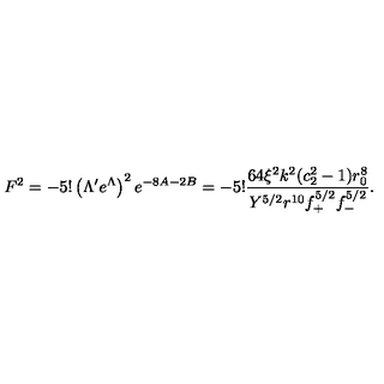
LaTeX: F ^ { 2 } = - 5 ! \left( \Lambda ^ { \prime } e ^ { \Lambda } \right) ^ { 2 } e ^ { - 8 A - 2 B } = - 5 ! \frac { 6 4 \xi ^ { 2 } k ^ { 2 } ( c _ { 2 } ^ { 2 } - 1 ) r _ { 0 } ^ { 8 } } { Y ^ { 5 / 2 } r ^ { 1 0 } f _ { + } ^ { 5 / 2 } f _ { - } ^ { 5 / 2 } } .